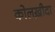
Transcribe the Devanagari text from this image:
कोलख़ीदा